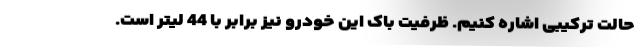
حالت ترکیبی اشاره کنیم. ظرفیت باک این خودرو نیز برابر با 44 لیتر است.